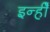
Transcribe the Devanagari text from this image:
इन्हीँ